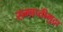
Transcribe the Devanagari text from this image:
समाप्तीमुद्रा